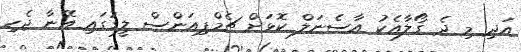
އަދި މި ދެ ގޯލާއެކު އާސެނަލް ކޮޅަށް ޗެމްޕިއަންސް ލީގުގައި އޭނާ ޖެހި